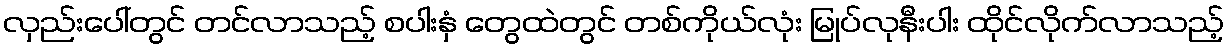
လှည်းပေါ်တွင် တင်လာသည့် စပါးနှံ တွေထဲတွင် တစ်ကိုယ်လုံး မြုပ်လုနီးပါး ထိုင်လိုက်လာသည့်